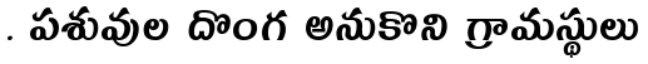
. పశువుల దొంగ అనుకొని గ్రామస్థులు